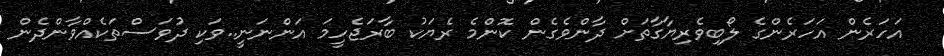
އަހަރެން އަހަރެންގެ ލޯބިވެރިޔާގާތަށް ދާންވެގެން ކޮންމެ ރެޔަކު ބާރަޖެހީމަ އަންނަނީ..ވަކި ދުވަސްތަކެއްވާންދެން